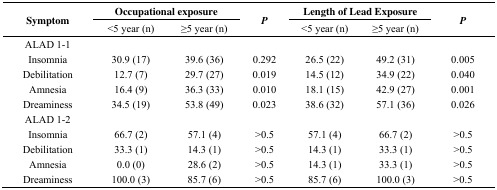
<table><thead><tr><td rowspan="2"><b>Symptom</b></td><td colspan="2"><b>Occupational exposure</b></td><td rowspan="2"><b><i>P</i></b></td><td colspan="2"><b>Length of Lead Exposure</b></td><td rowspan="2"><b><i>P</i></b></td></tr><tr><td><b>&lt;5 year (n)</b></td><td><b>≥5 year (n)</b></td><td><b>&lt;5 year (n)</b></td><td><b>≥5 year (n)</b></td></tr></thead><tbody><tr><td>ALAD 1-1</td><td></td><td></td><td></td><td></td><td></td><td></td></tr><tr><td>Insomnia</td><td>30.9 (17)</td><td>39.6 (36)</td><td>0.292</td><td>26.5 (22)</td><td>49.2 (31)</td><td>0.005</td></tr><tr><td>Debilitation</td><td>12.7 (7)</td><td>29.7 (27)</td><td>0.019</td><td>14.5 (12)</td><td>34.9 (22)</td><td>0.040</td></tr><tr><td>Amnesia</td><td>16.4 (9)</td><td>36.3 (33)</td><td>0.010</td><td>18.1 (15)</td><td>42.9 (27)</td><td>0.001</td></tr><tr><td>Dreaminess</td><td>34.5 (19)</td><td>53.8 (49)</td><td>0.023</td><td>38.6 (32)</td><td>57.1 (36)</td><td>0.026</td></tr><tr><td>ALAD 1-2</td><td></td><td></td><td></td><td></td><td></td><td></td></tr><tr><td>Insomnia</td><td>66.7 (2)</td><td>57.1 (4)</td><td>&gt;0.5</td><td>57.1 (4)</td><td>66.7 (2)</td><td>&gt;0.5</td></tr><tr><td>Debilitation</td><td>33.3 (1)</td><td>14.3 (1)</td><td>&gt;0.5</td><td>14.3 (1)</td><td>33.3 (1)</td><td>&gt;0.5</td></tr><tr><td>Amnesia</td><td>0.0 (0)</td><td>28.6 (2)</td><td>&gt;0.5</td><td>14.3 (1)</td><td>33.3 (1)</td><td>&gt;0.5</td></tr><tr><td>Dreaminess</td><td>100.0 (3)</td><td>85.7 (6)</td><td>&gt;0.5</td><td>85.7 (6)</td><td>100.0 (3)</td><td>&gt;0.5</td></tr></tbody></table>